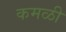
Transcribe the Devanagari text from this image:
कमळी